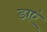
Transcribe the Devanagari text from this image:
डाएं